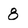
Character: 8